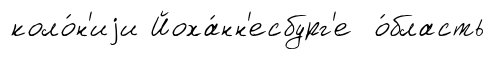
коло́н'иjи Йоха́нн'есбург'е о́бласть